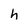
Character: h